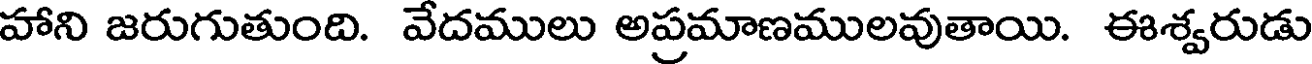
హాని జరుగుతుంది. వేదములు అప్రమాణములవుతాయి. ఈశ్వరుడు